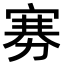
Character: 𪧔